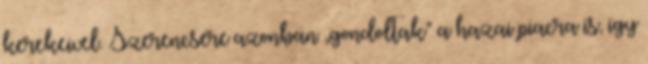
kerekeivel. Szerencsére azonban „gondoltak” a hazai piacra is, így